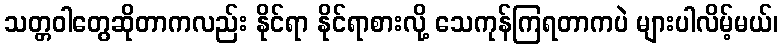
သတ္တဝါတွေဆိုတာကလည်း နိုင်ရာ နိုင်ရာစားလို့ သေကုန်ကြရတာကပဲ များပါလိမ့်မယ်၊